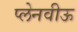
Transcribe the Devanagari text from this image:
प्लेनवीऊ